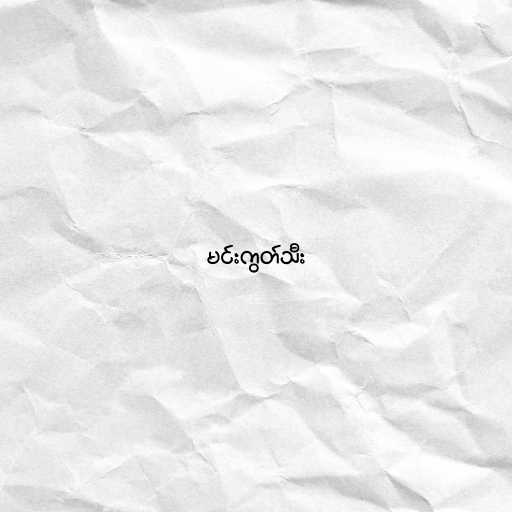
မင်းကွတ်သီး